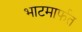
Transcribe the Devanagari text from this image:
भाटमार्फत